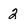
Character: 2